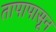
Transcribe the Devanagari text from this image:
तापापासून